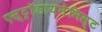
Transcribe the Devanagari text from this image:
एस्ट्राॅडायनेमिस्ट